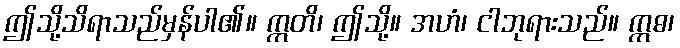
ဤသို့သိရာသည်မှန်ပါ၏။ ဣတိ၊ ဤသို့။ အဟံ၊ ငါဘုရားသည်။ ဣဓ၊